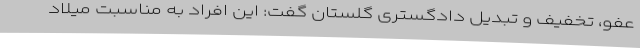
عفو، تخفیف و تبدیل دادگستری گلستان گفت: این افراد به مناسبت میلاد